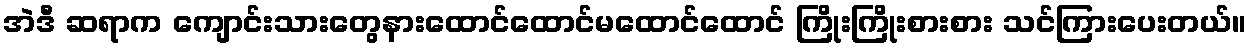
အဲဒီ ဆရာက ကျောင်းသားတွေနားထောင်ထောင်မထောင်ထောင် ကြိုးကြိုးစားစား သင်ကြားပေးတယ်။